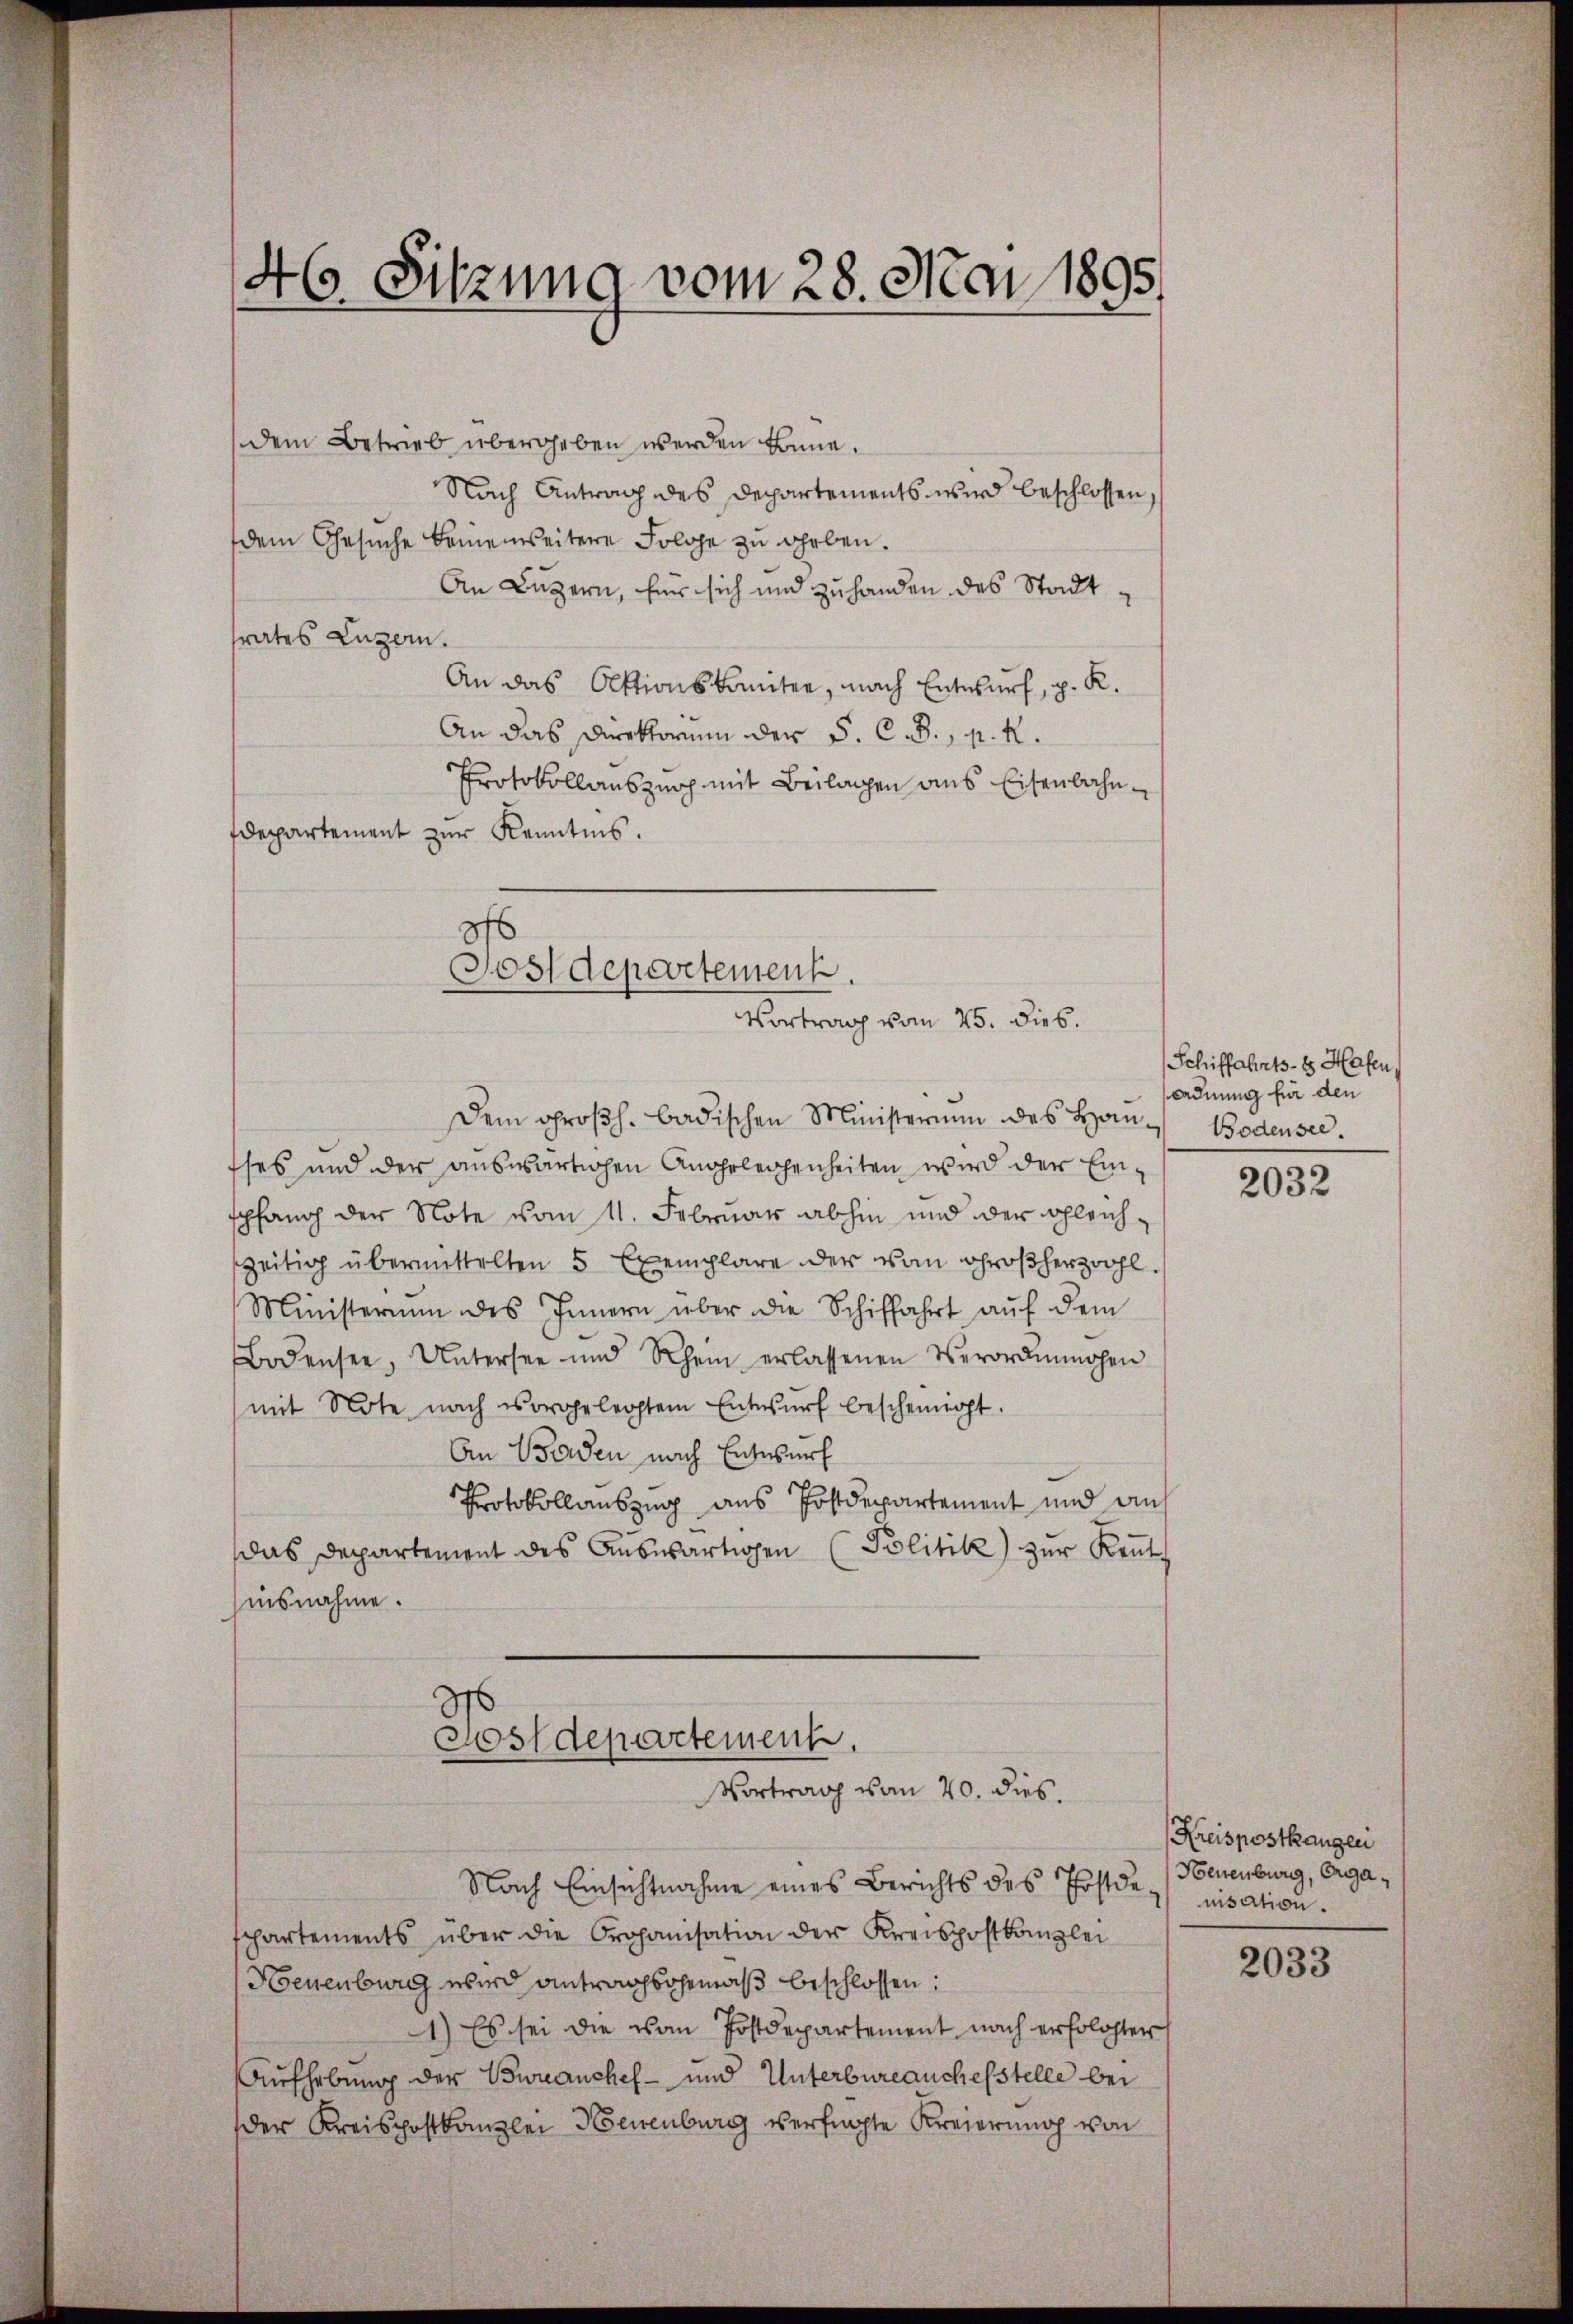
46. Sitzung vom 28. Mai 1895.

dem Betrieb übergeben werden könne.
Nach Antrag des Departements wird beschlossen,
dem Gesuche bemeinseitere Folge zu geben.
An Luzern, für sich und zuhanden des Stadtrates Luzern.
An das Aktionskomitee, nach Entwurf, p. K.
An das Direktorium der S. C. R., n. k.
Protokollauszurich mit Beilagen aus Eisenbahndepartement zur Kenntnis.

Postdepertement.
Vortrag vom 25. dies.

Dem großh. badischen Ministerium des Hansses und der auswärtigen Angeleichenheiten wird der Einspfang der Note vom 11. Februar abhin und der Gleichzeitig übermittelten 5 Exemplare der von Großherzogl.
Ministerium des Innern über die Schiffahrt aŭf dem
Bodensee, Untersee und Rhein erlassenen Verordnungen
mit Note nach vorgelegtem Entwŭrf bescheinigt.
An Waden nach Entwurf
Protokollauszug aus Postdepartement und auf
das Departement des Auswärtigen Politik zur Reut
hinsnahme.

Postdepartement
Vortrag von 20. dies

Nach Einsichtnahme eines Berichts des Postdenisation.
schartements über die Organisation der Kreispostkanzlei
Neuenburg wird Antragsgemäß beschlossen:
1) Es sei die von Postdepartement nach erfolgter
Aufhebung der Branchef- und Unterbureauchefstelle bei
der Kreispostkanzlei Neuenburg verfügte Kreierung von

Schiffahrts- 1 Hafen,
ordnung für den
Bodensee

2032

Kreispostkangen
Neuenburg, Orga¬

2033